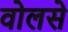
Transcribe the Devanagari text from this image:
वोलसे